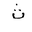
Letter: _tha